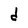
Character: d